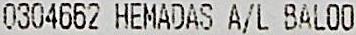
0304662 HEMADAS A/L BALOO